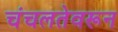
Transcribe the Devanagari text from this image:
चंचलतेवरून